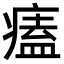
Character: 𤸱